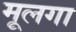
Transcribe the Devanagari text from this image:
मूलगा